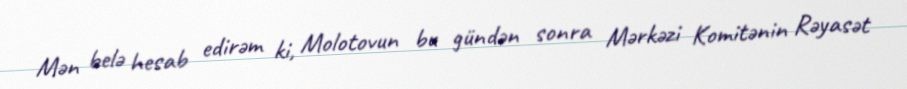
Mən belə hesab edirəm ki, Molotovun bu gündən sonra Mərkəzi Komitənin Rəyasət